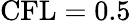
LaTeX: \mathrm{CFL=0.5}